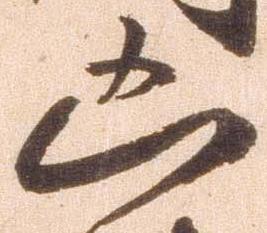
凶